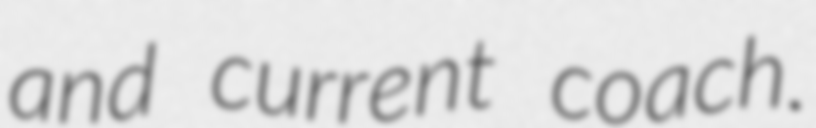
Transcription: and current coach.